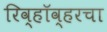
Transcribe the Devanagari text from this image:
रिव्हॉव्हरचा